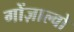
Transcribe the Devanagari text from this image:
गोंज़ाल्वो